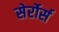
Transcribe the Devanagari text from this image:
सेर्रोर्स